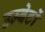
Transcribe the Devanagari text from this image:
उम्बेर्टो